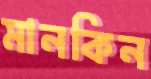
মানকিন